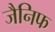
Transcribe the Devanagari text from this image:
जैनिफ